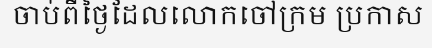
ចាប់ពីថ្ងៃដែលលោកចៅក្រម ប្រកាស